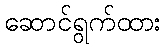
ဆောင်ရွက်ထား